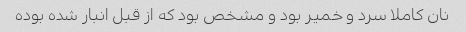
نان کاملا سرد و خمیر بود و مشخص بود که از قبل انبار شده بوده